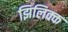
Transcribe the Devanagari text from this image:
झिलिक्क